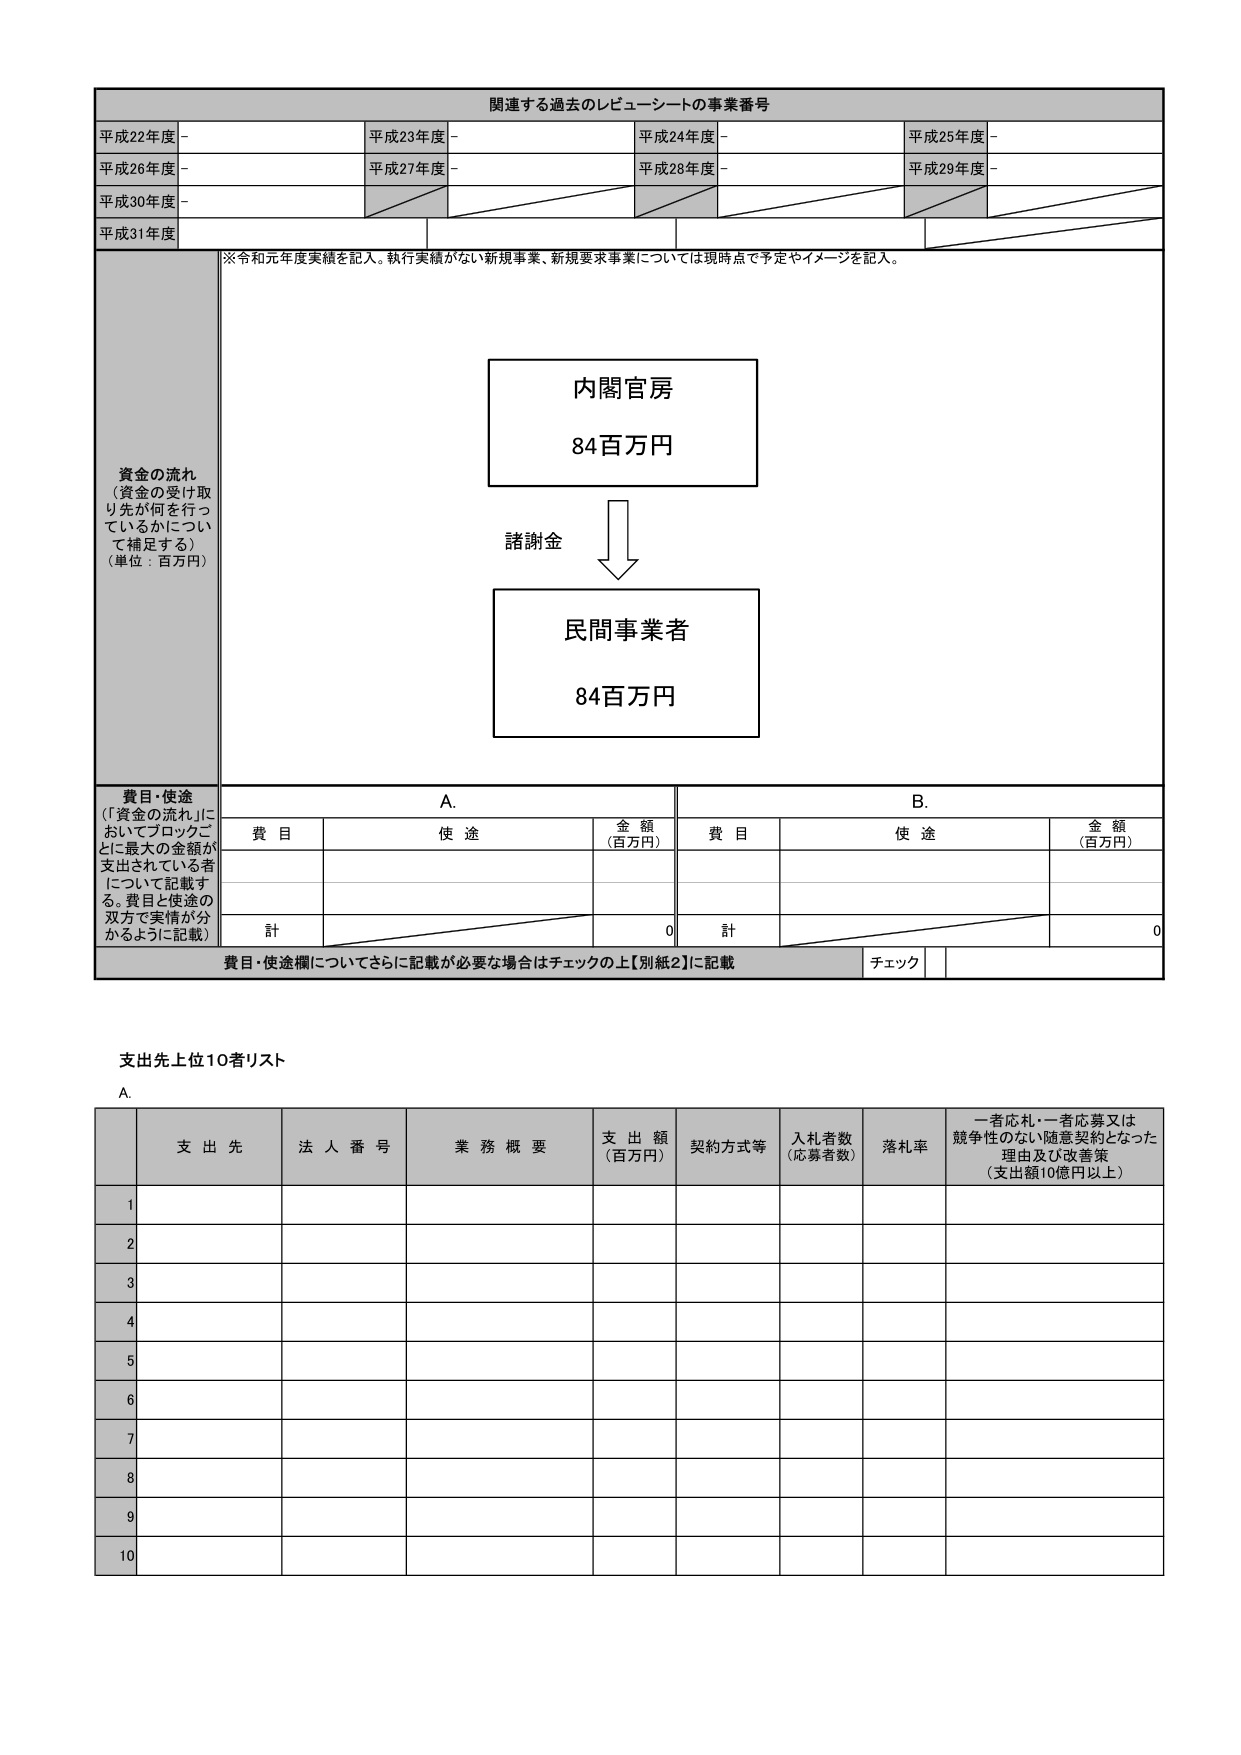
関連する過去のレビューーシートの事業番号
平成22年度 -
平成23年度 -
平成24年度 -
平成25年度 -
平成26年度 -
平成27年度 -
平成28年度 -
平成29年度 -
平成30年度 -
平成31年度
※令和元年度実績を記入。執行実績がない新規事業、新規要求事業については現時点で予定やイメージを記入。
資金の流れ
（資金の受け取り先が何を行っているかについて補足する）
（単位：百万円）
内閣官房
84百万円
諸謝金
民間事業者
84百万円
費目・使途
（「資金の流れ」においてブロックごとに最大の金額が支出されている者について記載する。費目と使途の双方で実情が分かるように記載）
A.
B.
費目
使途
金額
（百万円）
費目
使途
金額
（百万円）
計
0
計
0
費目・使途欄についてさらに記載が必要な場合はチェックの上【別紙2】に記載
チェック
支出先上位10者リスト
A.
支出先
法人番号
業務概要
支出額
（百万円）
契約方式等
入札者数
（応募者数）
落札率
一者応札・一者応募又は競争性のない随意契約となった理由及び改善策
（支出額10億円以上）
1
2
3
4
5
6
7
8
9
10